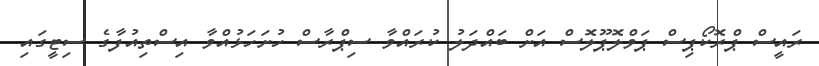
ރައީސް ޕްރޮކޯޕިސް ޕަވްލޮޕޫލޮސް އަށް ބައްދަލު ކުރައްވާ ސިޕްރާސް ހުށަހަޅުއްވާ އިސްތިއުފާގެ ސިޓީގައި